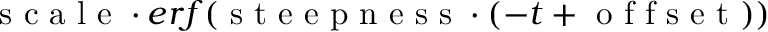
\mathrm { ~ s ~ c ~ a ~ l ~ e ~ } \cdot e r f ( \mathrm { ~ s ~ t ~ e ~ e ~ p ~ n ~ e ~ s ~ s ~ } \cdot ( - t + \mathrm { ~ o ~ f ~ f ~ s ~ e ~ t ~ } ) )